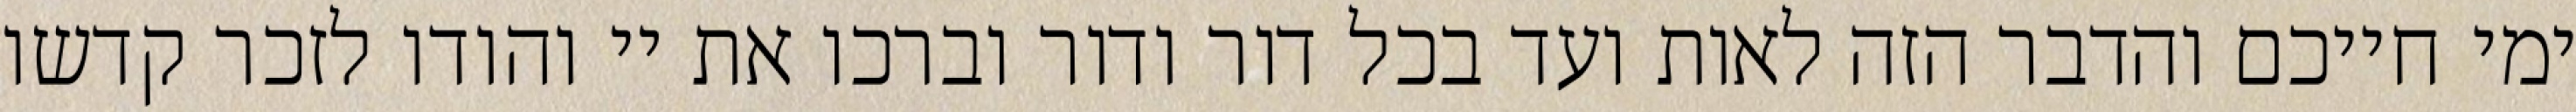
ימי חייכם והדבר הזה לאות ועד בכל דור ודור וברכו את יי והודו לזכר קדשו